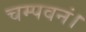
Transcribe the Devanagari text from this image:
चम्पवनं।